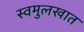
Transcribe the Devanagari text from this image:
स्वमुलखात